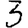
Digit: 3